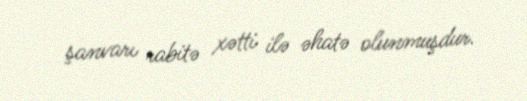
şanvarı rabitə xətti ilə əhatə olunmuşdur.